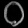
Digit: ၀